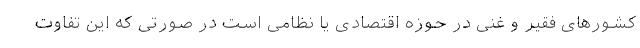
کشورهای فقیر و غنی در حوزه اقتصادی یا نظامی است در صورتی که این تفاوت